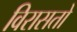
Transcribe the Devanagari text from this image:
विरासतो